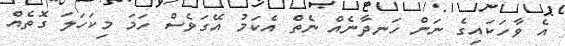
އެ ވާހަކައިގެ ނަން ހަނދާނެއް ނެތް އެކަމު އޭގަވެސް ހަމަ މިކަހަލަ ގޮތެއް